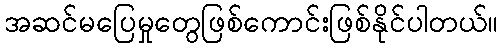
အဆင်မပြေမှုတွေဖြစ်ကောင်းဖြစ်နိုင်ပါတယ်။